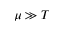
\mu \gg T